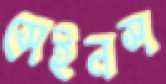
সেইনস